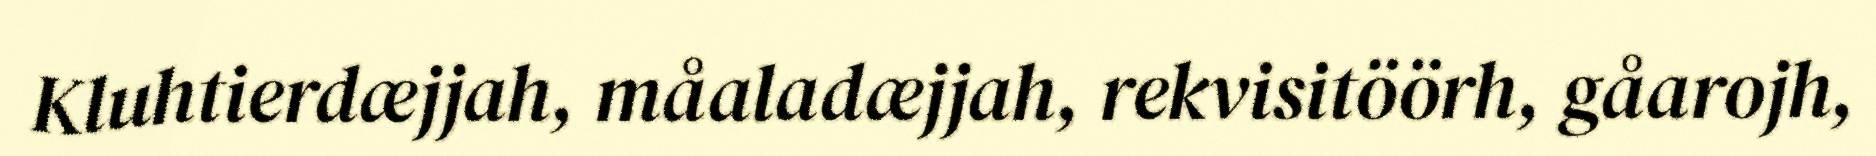
Kluhtierdæjjah, måaladæjjah, rekvisitöörh, gåarojh,